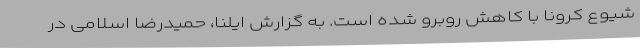
شیوع کرونا با کاهش روبرو شده است. به گزارش ایلنا، حمیدرضا اسلامی در